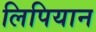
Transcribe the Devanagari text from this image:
लिपियान